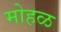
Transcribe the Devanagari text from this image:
मोहळ